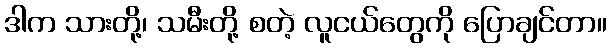
ဒါက သားတို့၊ သမီးတို့ စတဲ့ လူငယ်တွေကို ပြောချင်တာ။